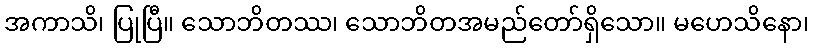
အကာသိ၊ ပြုပြီ။ သောဘိတဿ၊ သောဘိတအမည်တော်ရှိသော။ မဟေသိနော၊